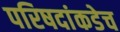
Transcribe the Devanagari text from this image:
परिषदांकडेच